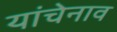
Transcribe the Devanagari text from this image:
यांचेनाव